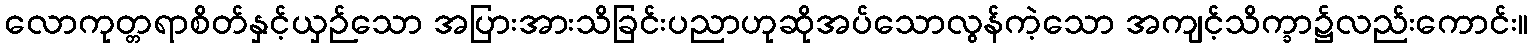
လောကုတ္တရာစိတ်နှင့်ယှဉ်သော အပြားအားသိခြင်းပညာဟုဆိုအပ်သောလွန်ကဲ့သော အကျင့်သိက္ခာ၌လည်းကောင်း။